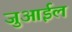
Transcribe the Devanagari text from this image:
जुआईल